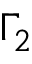
\Gamma _ { 2 }